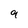
Character: 9